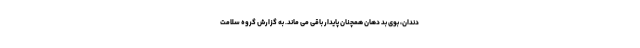
دندان، بوی بد دهان همچنان پایدار باقی می ماند. به گزارش گروه سلامت